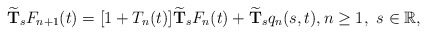
\begin{align*}\widetilde{\textbf{T}}_sF_{n+1}(t)=[1+T_n(t)]\widetilde{\textbf{T}}_sF_n(t)+\widetilde{\textbf{T}}_sq_n(s,t),n\geq1,\ s\in \mathbb{R},\end{align*}